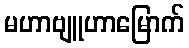
မဟာဗျူဟာမြောက်